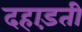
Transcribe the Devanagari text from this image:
दहाड़ती